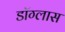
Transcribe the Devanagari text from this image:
डॉग्लास